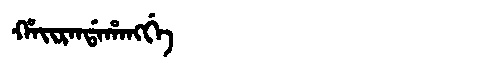
Manchu: ᡥᠠᡳᡵᠠᠨᡩᠠᡥᠠᠩᡤᡝ
Romanization: HAIRANDAHANGGE